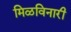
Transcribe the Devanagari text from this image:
मिळविनारी